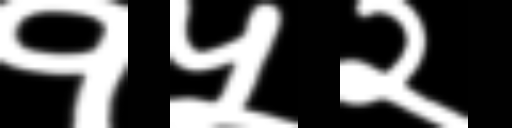
Text: १५२